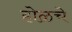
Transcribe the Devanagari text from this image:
होळचे